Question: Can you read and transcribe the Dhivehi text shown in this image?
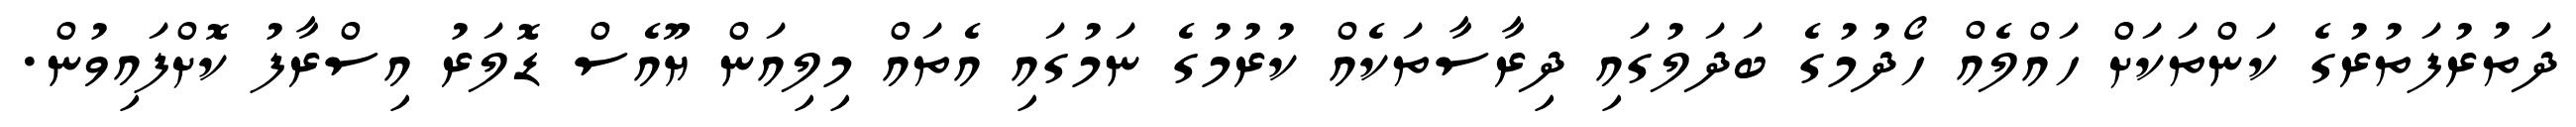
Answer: ދަތުރުފަތުރުގެ ކަންތަކަށް ހައްލެއް ހޯދުމުގެ ބަދަލުގައި ދިރާސާތަކެއް ކުރުމުގެ ނަމުގައި އެތައް މިލިއަން ޔޫއެސް ޑޮލަރު އިސްރާފު ކޮށްފައިވުން.